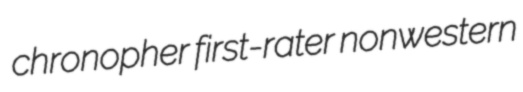
chronopher first-rater nonwestern